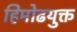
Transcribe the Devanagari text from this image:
हिमोढयुक्त